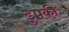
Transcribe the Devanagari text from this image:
डुपकी